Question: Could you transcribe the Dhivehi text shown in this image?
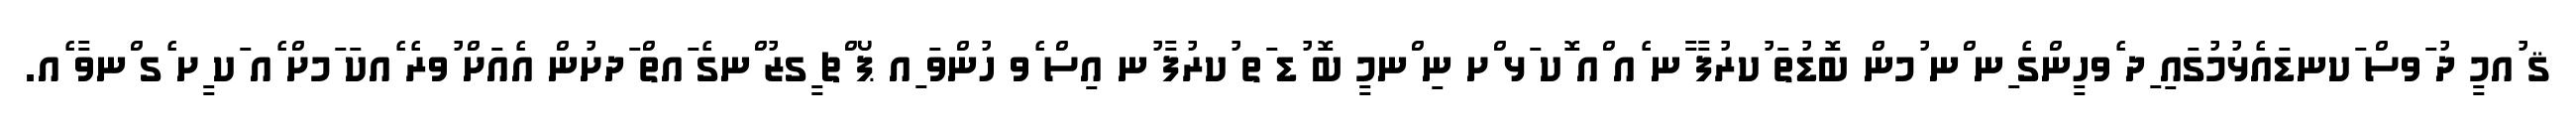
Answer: ޤ ުއމީ ދު ަވސް ަކނޑައެޅުމުގައި ިދ ެވހީންގެ ިނ ްނ ުމން ބޮޑުތަ ުކރުފާ ާނ ެއ ްއ ޮކ ަޅ ްށ ނި ްނމީ ބޮ ުޑ ަތ ުކރުފާ ުނ އިސް ެވ ހުންވަ ިއ ޕޯ ްޗ ީގޒު ްނގެ ައތް ަދށުން އެއަށް ުވރެ ެއކަ ަމށް ެއ ަކ ީށ ެގ ްނވާ ެއ.